Civil Veterinary Dept. North-West Frontier Province 1923-32 - 1923-1932
Year: 1923
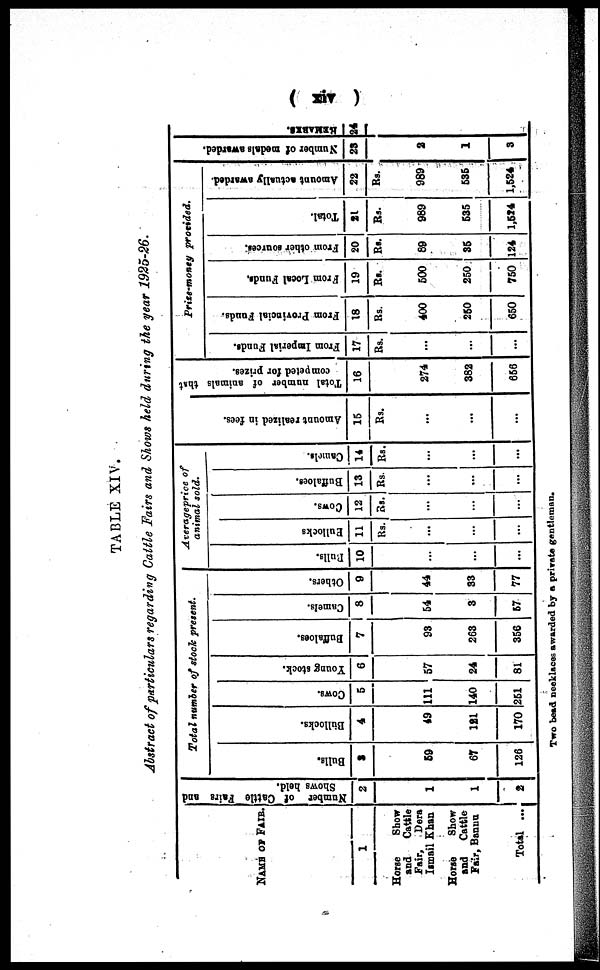
(xiv)
TABLE XIV.
Abstract of particulars regarding Cattle Fairs and Shows held during the year 1925-26.
NAME OF FAIR.
1
Horse
Show
and
Cattle
Fair,
Dera
Ismail Khan
Hone
Show
and
Cattle
Fair, Bannu
Total ...
Number of Cattle Fairs and
Shows held.
2
1
1
2
Total number of stock present.
Bulls.
3
59
67
126
Bullocks.
4
49
121
170
Cows.
5
111
140
261
Young stock.
6
57
24
81
Buffaloes.
7
93
263
356
Camels.
8
54
3
57
Others.
9
44
33
77
Averageprice of
animal sold.
Bulls.
10
...
...
...
Bullocks
11
Rs.
...
...
...
Cows.
12
Rs.
...
...
...
Buffaloes.
13
Rs.
...
...
...
Camels.
14
Rs.
...
...
... |
Amount realized in fees.
15
Rs.
...
...
...
Total number of animals that
competed for prizes.
16
274
382
656
Prize-money
provided.
Fr om I mper i
al Funds.
17
Rs.
...
...
...
From Provincial Funds.
18
Rs.
400
250
650
From Local Funds,
19
Rs.
500
250
750
From other sources.
20
Rs.
89
35
124
Total.
21
Rs.
989
535
1,514
Amount actually awarded.
22
Rs.
989
535
1,524
Number of medals awarded.
28
2
1
3
RE MARKS .
24
Two bead necklaces awarded by a private gentleman.